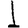
Digit: 1